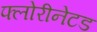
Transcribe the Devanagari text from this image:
फ्लोरीनेटड